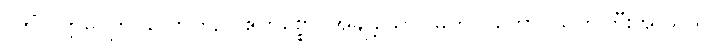
(ကိံ၊) ဣဓ၊ ဤ လောက၌။ ဧကစ္စော၊ အချို့သော။ မဟလ္လကော၊ သက်ကြီးအို သည်။